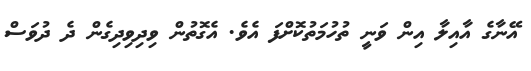
އޭނާގެ އާއިލާ އިން ވަނީ ތުހުމަތުކޮށްފަ އެވެ. އެގޮތުން ވިދިވިދިގެން ދެ ދުވަސް